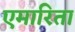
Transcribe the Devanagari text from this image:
एमारिता